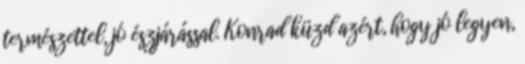
természettel, jó észjárással. Konrad küzd azért, hogy jó legyen,